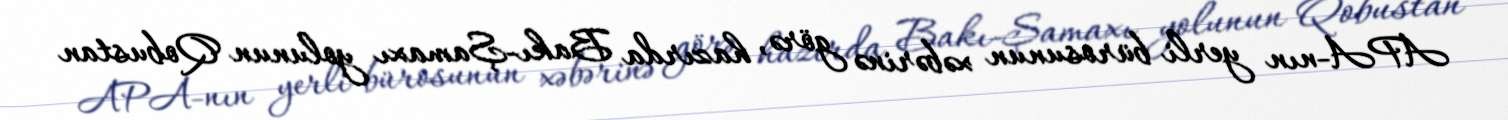
APA-nın yerli bürosunun xəbərinə görə, hazırda Bakı-Şamaxı yolunun Qobustan